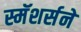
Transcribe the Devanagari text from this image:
स्मॅशर्सने